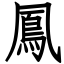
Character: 鳳